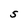
Character: S